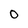
Character: 0